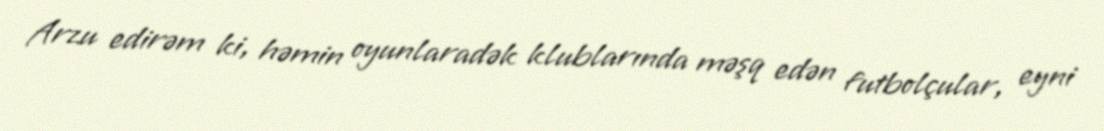
Arzu edirəm ki, həmin oyunlaradək klublarında məşq edən futbolçular, eyni